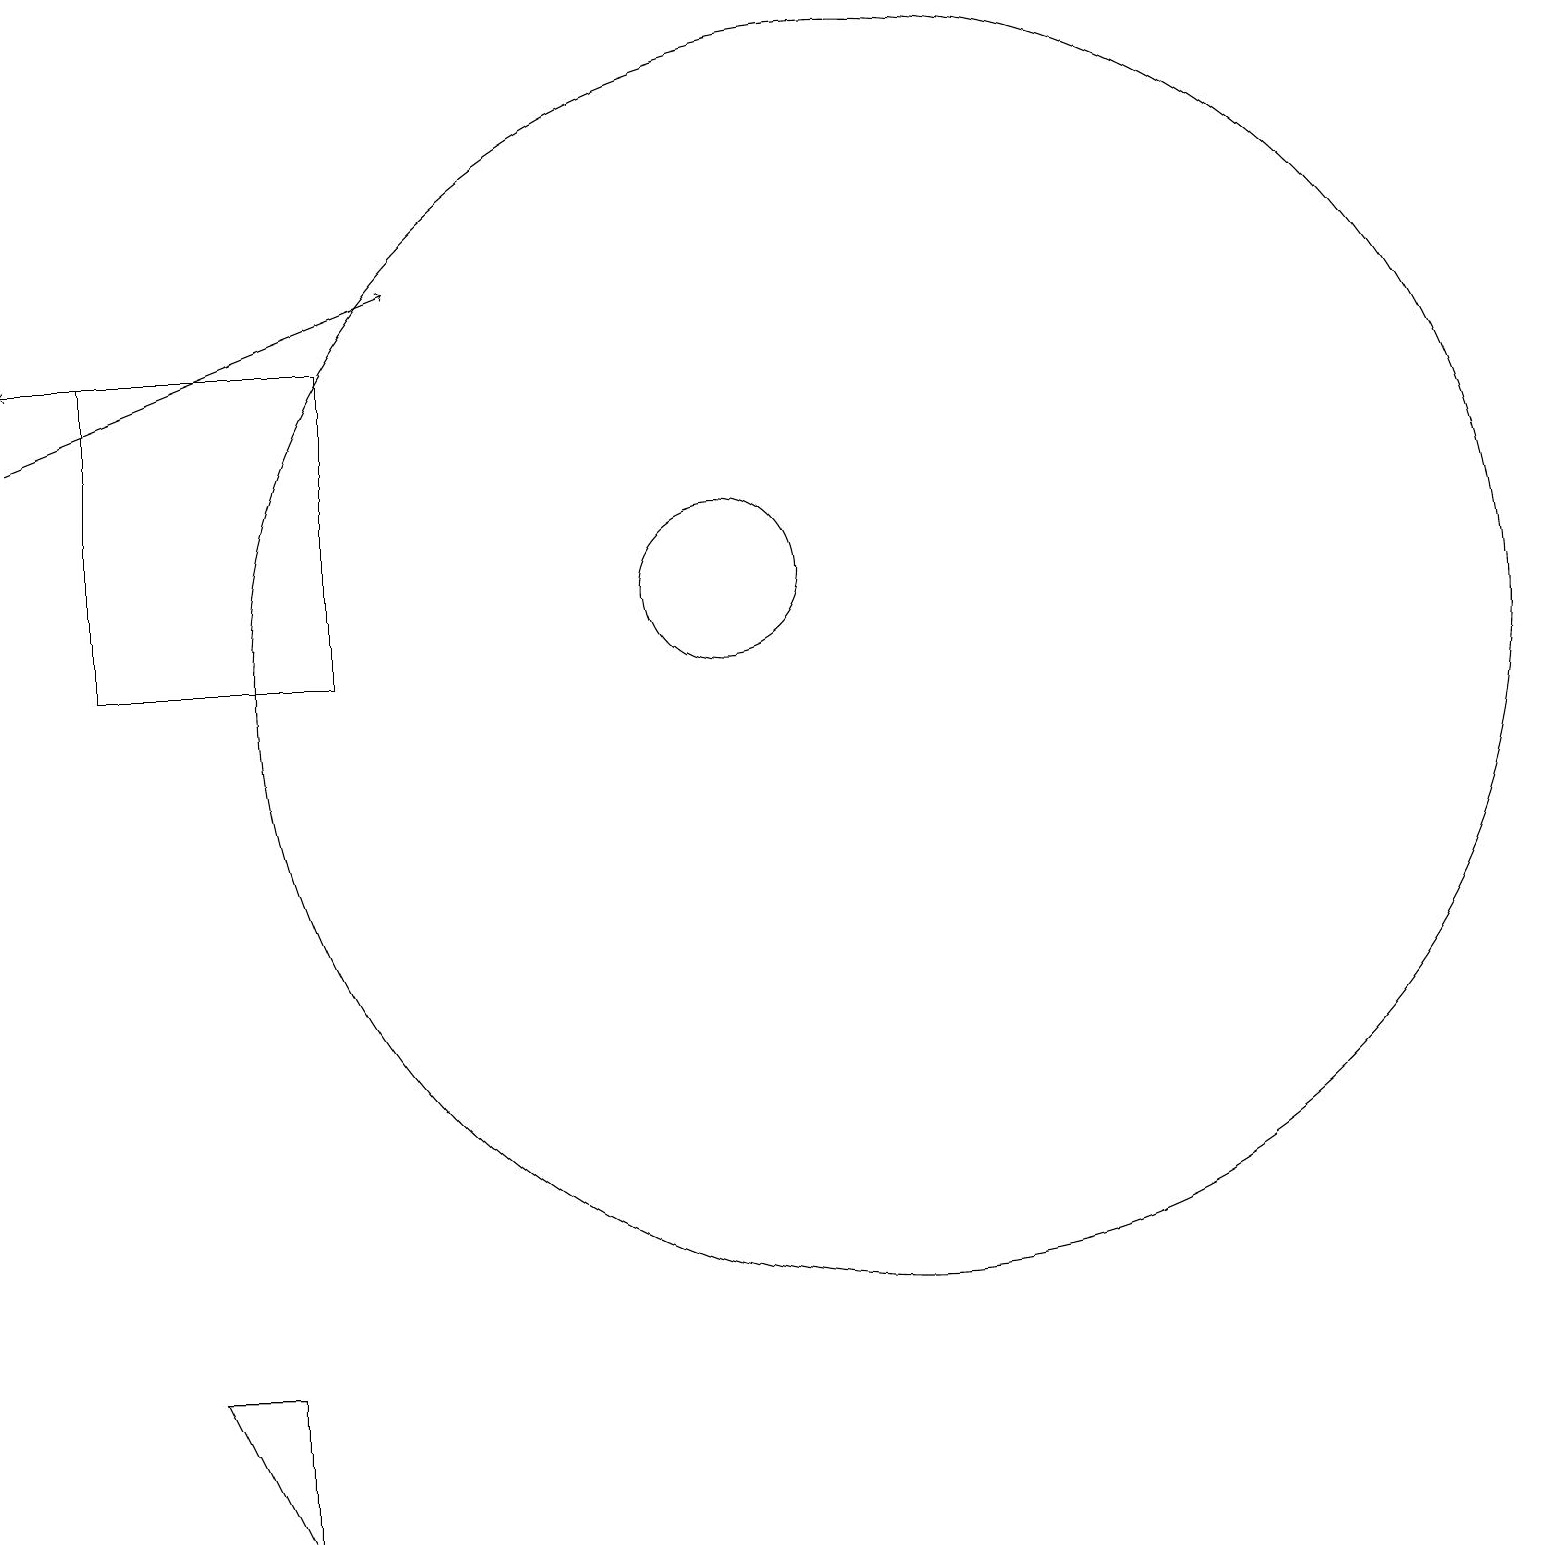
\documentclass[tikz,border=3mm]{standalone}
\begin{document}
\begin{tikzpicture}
\draw (4,2) -- (4,0) -- (3,2) -- cycle;
\draw (12,11) circle (8);
\draw[->] (1,14) -- (6,16);
\draw (5,11) rectangle (2,15);
\draw[->] (3,15) -- (1,15);
\draw (10,12) circle (1);
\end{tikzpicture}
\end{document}